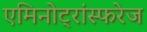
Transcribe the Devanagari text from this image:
एमिनोट्रांस्फरेज